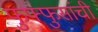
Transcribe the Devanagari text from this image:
फुफ्फुसांची